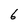
Character: 6